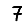
Digit: 7